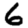
Digit: 6